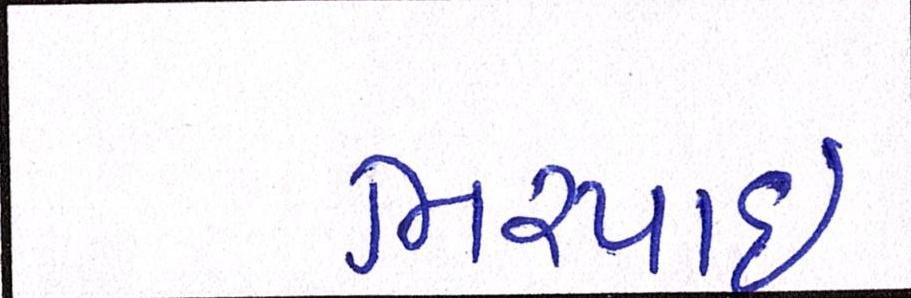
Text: ભરપાઈ